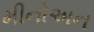
મીનોઅન